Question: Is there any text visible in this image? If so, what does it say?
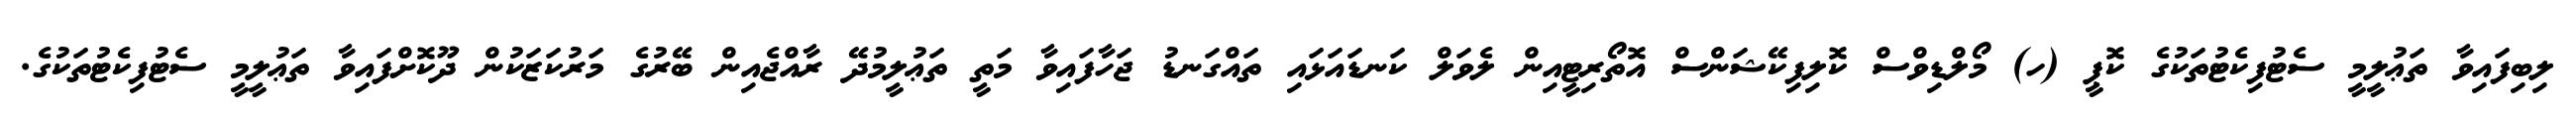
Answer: ލިބިފައިވާ ތަޢުލީމީ ސެޓުފިކެޓުތަކުގެ ކޮޕީ (ހ) މޯލްޑިވްސް ކޮލިފިކޭޝަންސް އޮތޯރިޓީއިން ލެވަލް ކަނޑައަޅައި ތައްގަނޑު ޖަހާފައިވާ މަތީ ތަޢުލީމުދޭ ރާއްޖެއިން ބޭރުގެ މަރުކަޒަކުން ދޫކޮށްފައިވާ ތަޢުލީމީ ސެޓުފިކެޓުތަކުގެ.